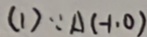
( 1 ) \because A ( - 1 , 0 )